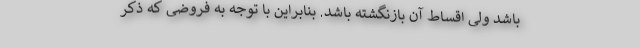
باشد ولی اقساط آن بازنگشته باشد. بنابراین با توجه به فروضی که ذکر